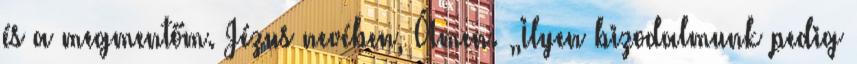
és a megmentőm. Jézus nevében, Ámen. „Ilyen bizodalmunk pedig